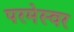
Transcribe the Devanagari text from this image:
परमेस्वर